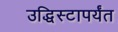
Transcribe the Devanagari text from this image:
उद्धिस्टापर्यंत